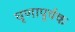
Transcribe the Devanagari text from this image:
घृणापूर्वक